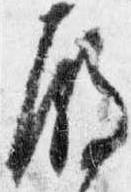
殿